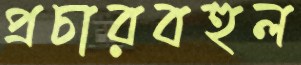
প্রচারবহুল